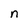
Character: n